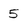
Character: 5